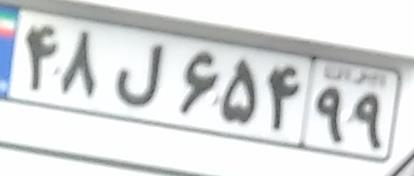
۴۸ل۶۵۴۹۹